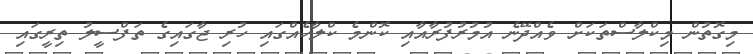
މިގޮތުން މިކްލާސްތަކަށް ވެއްދޭނެ އުމުރުފުރާއާއި ކޮންމެ ކްލާހެއްގައި ހުރި ޖާގައިގެ ތަފްސީލު ތިރީގައި